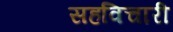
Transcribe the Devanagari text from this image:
सहविचारी